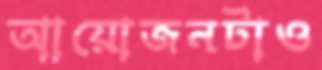
আয়োজনটাও